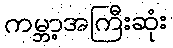
ကမ္ဘာ့အကြီးဆုံး